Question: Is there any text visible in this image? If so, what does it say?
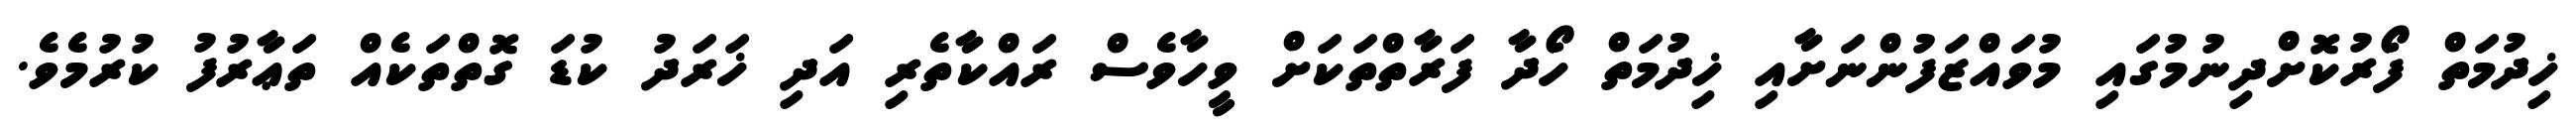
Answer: ޚިދުމަތް ފޯރުކޮށްދިނުމުގައި މުވައްޒަފުންނަށާއި ޚިދުމަތް ހޯދާ ފަރާތްތަކަށް ވީހާވެސް ރައްކާތެރި އަދި ޚަރަދު ކުޑަ ގޮތްތަކެއް ތަޢާރުފު ކުރުމެވެ.